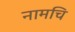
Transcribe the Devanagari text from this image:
नामचि